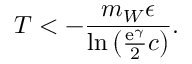
T < - \frac { m _ { W } \epsilon } { \ln \left( \frac { \mathrm { e } ^ { \gamma } } { 2 } c \right) } .